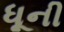
ધૂની